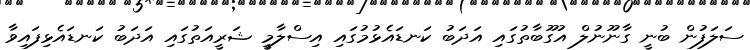
ސަލަފުން ބުނީ ގާނޫނުލް އުގޫބާތުގައި އަދަބު ކަނޑައެޅުމުގައި އިސްލާމީ ޝަރީއަތުގައި އަދަބު ކަނޑައެޅިފައިވާ